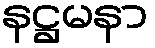
နဋ္ဌမနာ